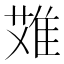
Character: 𨿆